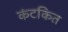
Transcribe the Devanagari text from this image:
कंटकित